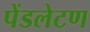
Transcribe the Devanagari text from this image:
पेंडलेटण